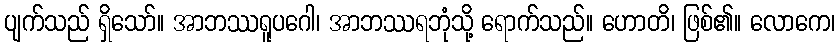
ပျက်သည် ရှိသော်။ အာဘဿရူပဂေါ၊ အာဘဿရဘုံသို့ ရောက်သည်။ ဟောတိ၊ ဖြစ်၏။ လောကေ၊